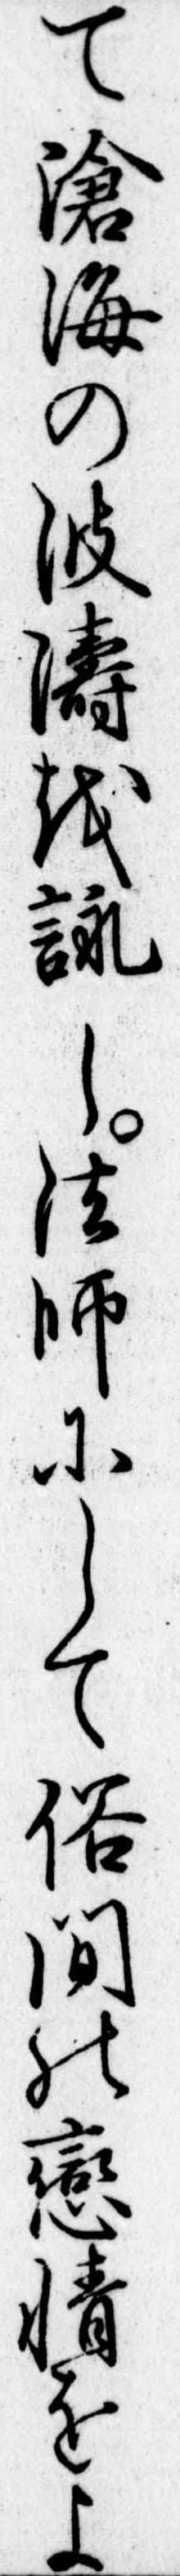
て滄海の波濤を詠し法師にして俗間の恋情をよ